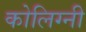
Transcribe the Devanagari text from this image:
कोलिग्नी